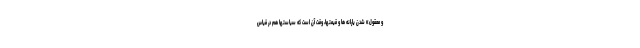
و معقول» شدن یارانه ها و قیمتها، وقت آن است که سیاستها هم در قیاس